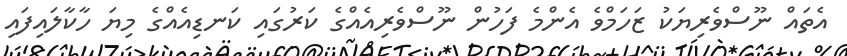
އެތައް ނޫސްވެރިޔަކު ޒަހަމްވެ އެންމެ ފަހުން ނޫސްވެރިއެއްގެ ކަރުގައި ކަނޑިއެއްގެ މިޔަ ހާކާލައިފައި